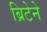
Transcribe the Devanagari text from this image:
ब्रिटेने